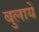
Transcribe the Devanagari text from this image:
बुलायें